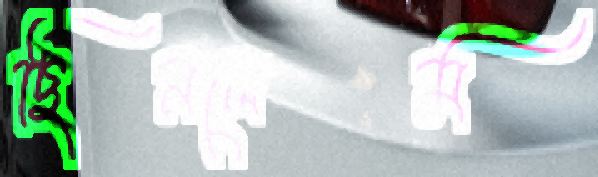
ছিনলেম